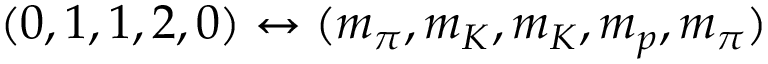
( 0 , 1 , 1 , 2 , 0 ) \leftrightarrow ( m _ { \pi } , m _ { K } , m _ { K } , m _ { p } , m _ { \pi } )